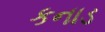
કનાડ